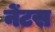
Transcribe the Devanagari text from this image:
नेंटस